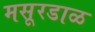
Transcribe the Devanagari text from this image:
मसूरडाळ